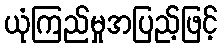
ယုံကြည်မှုအပြည့်ဖြင့်